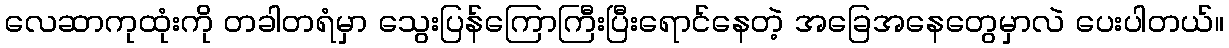
လေဆာကုထုံးကို တခါတရံမှာ သွေးပြန်ကြောကြီးပြီးရောင်နေတဲ့ အခြေအနေတွေမှာလဲ ပေးပါတယ်။